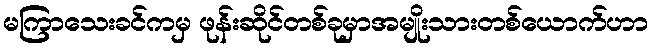
မကြာသေးခင်ကမှ ဖုန်းဆိုင်တစ်ခုမှာအမျိုးသားတစ်ယောက်ဟာ